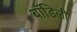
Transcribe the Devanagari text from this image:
बॉडिली